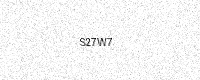
Text: S27W7